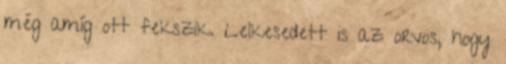
még amíg ott fekszik. Lelkesedett is az orvos, hogy